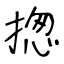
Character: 揔